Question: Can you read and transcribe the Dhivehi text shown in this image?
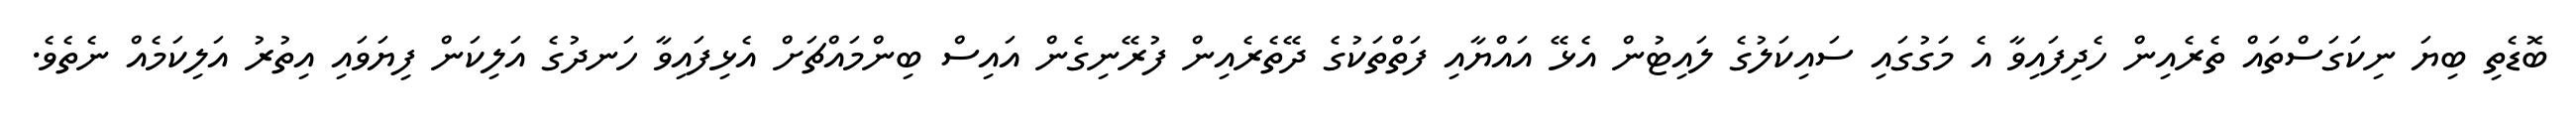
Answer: ބޮޑެތި ބިޔަ ނިކަގަސްތައް ތެރެއިން ހެދިފައިވާ އެ މަގުގައި ސައިކަލުގެ ލައިޓުން އެޅޭ އައްޔާއި ފަތްތަކުގެ ދޭތެރެއިން ފުރޭނިގެން އައިސް ބިންމައްޗަށް އެޅިފައިވާ ހަނދުގެ އަލިކަން ފިޔަވައި އިތުރު އަލިކަމެއް ނެތެވެ.